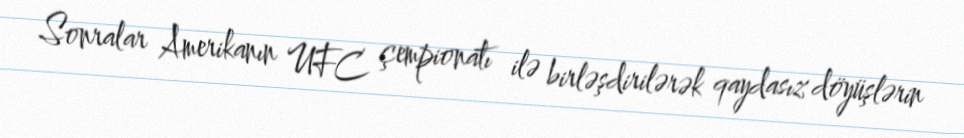
Sonralar Amerikanın UFC çempionatı ilə birləşdirilərək qaydasız döyüşlərin